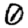
Digit: 0